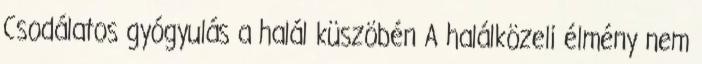
Csodálatos gyógyulás a halál küszöbén A halálközeli élmény nem